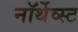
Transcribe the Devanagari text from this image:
नॉर्थेव्स्ट